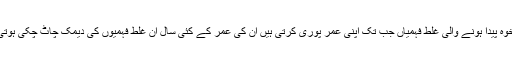
خوامخوہ پیدا ہونے والی غلط فہمیاں جب تک اپنی عمر پوری کرتی ہیں ان کی عمر کے کئی سال ان غلط فہمیوں کی دیمک چاٹ چکی ہوتی ہے۔